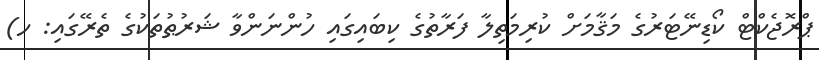
ޕްރޮޖެކްޓް ކޯޑިނޭޓަރުގެ މަޤާމަށް ކުރިމަތިލާ ފަރާތުގެ ކިބައިގައި ހުންނަންވާ ޝަރުޠުތަކުގެ ތެރޭގައި: ހ)